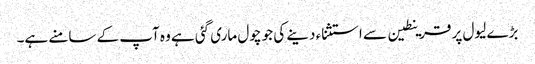
بڑے لیول پر قرینطین سے استثناء دینے کی جو چول ماری گئی ہے وہ آپ کے سامنے ہے۔